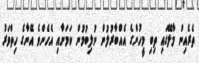
ތެރެއިން މާލޭގައި ތިބި މީހުންގެ އެއްބާރުލުން ނުލިބުމުން ކަމަށާއި އެހެންވެ އޭނާގެ ހިތްވަރު